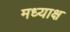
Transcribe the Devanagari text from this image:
मध्याक्ष